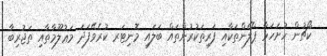
ކޯޗުން ހުށަހަޅާ ޕްލޭންތަކާއި ފަރިތަކުރުންތައް ބަލައި މޮނިޓަރ ކުރެވޭފަދަ މަޢުލޫމާތާއި ތަޖުރިބާ